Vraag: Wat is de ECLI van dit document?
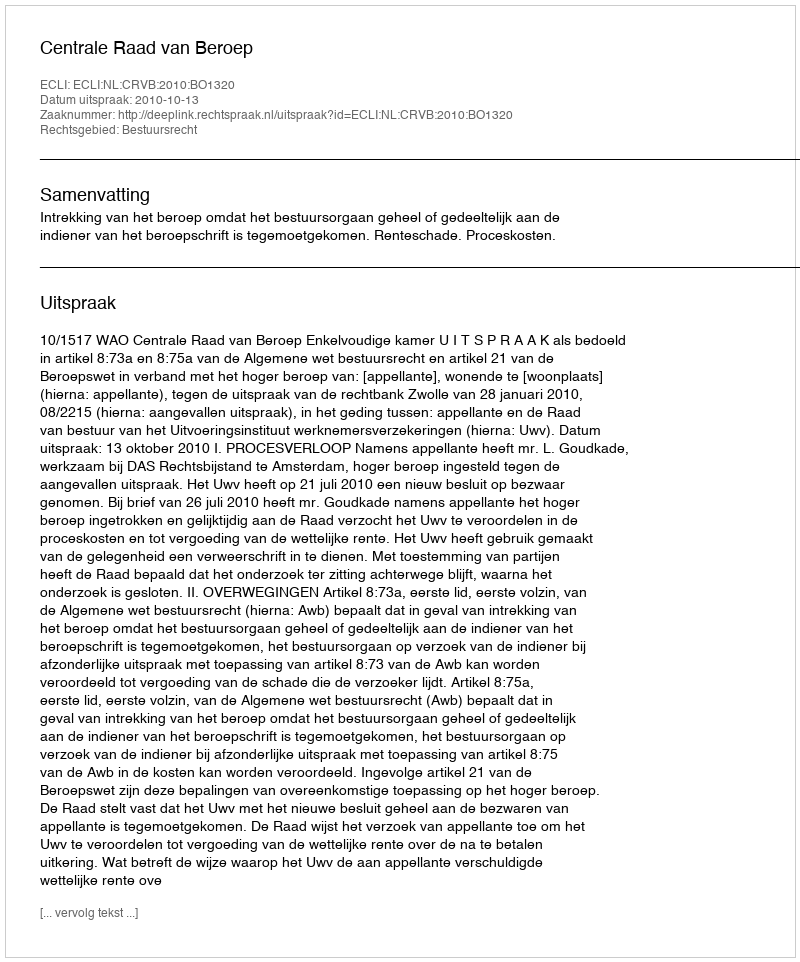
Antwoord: ECLI:NL:CRVB:2010:BO1320